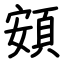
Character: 頞